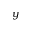
y